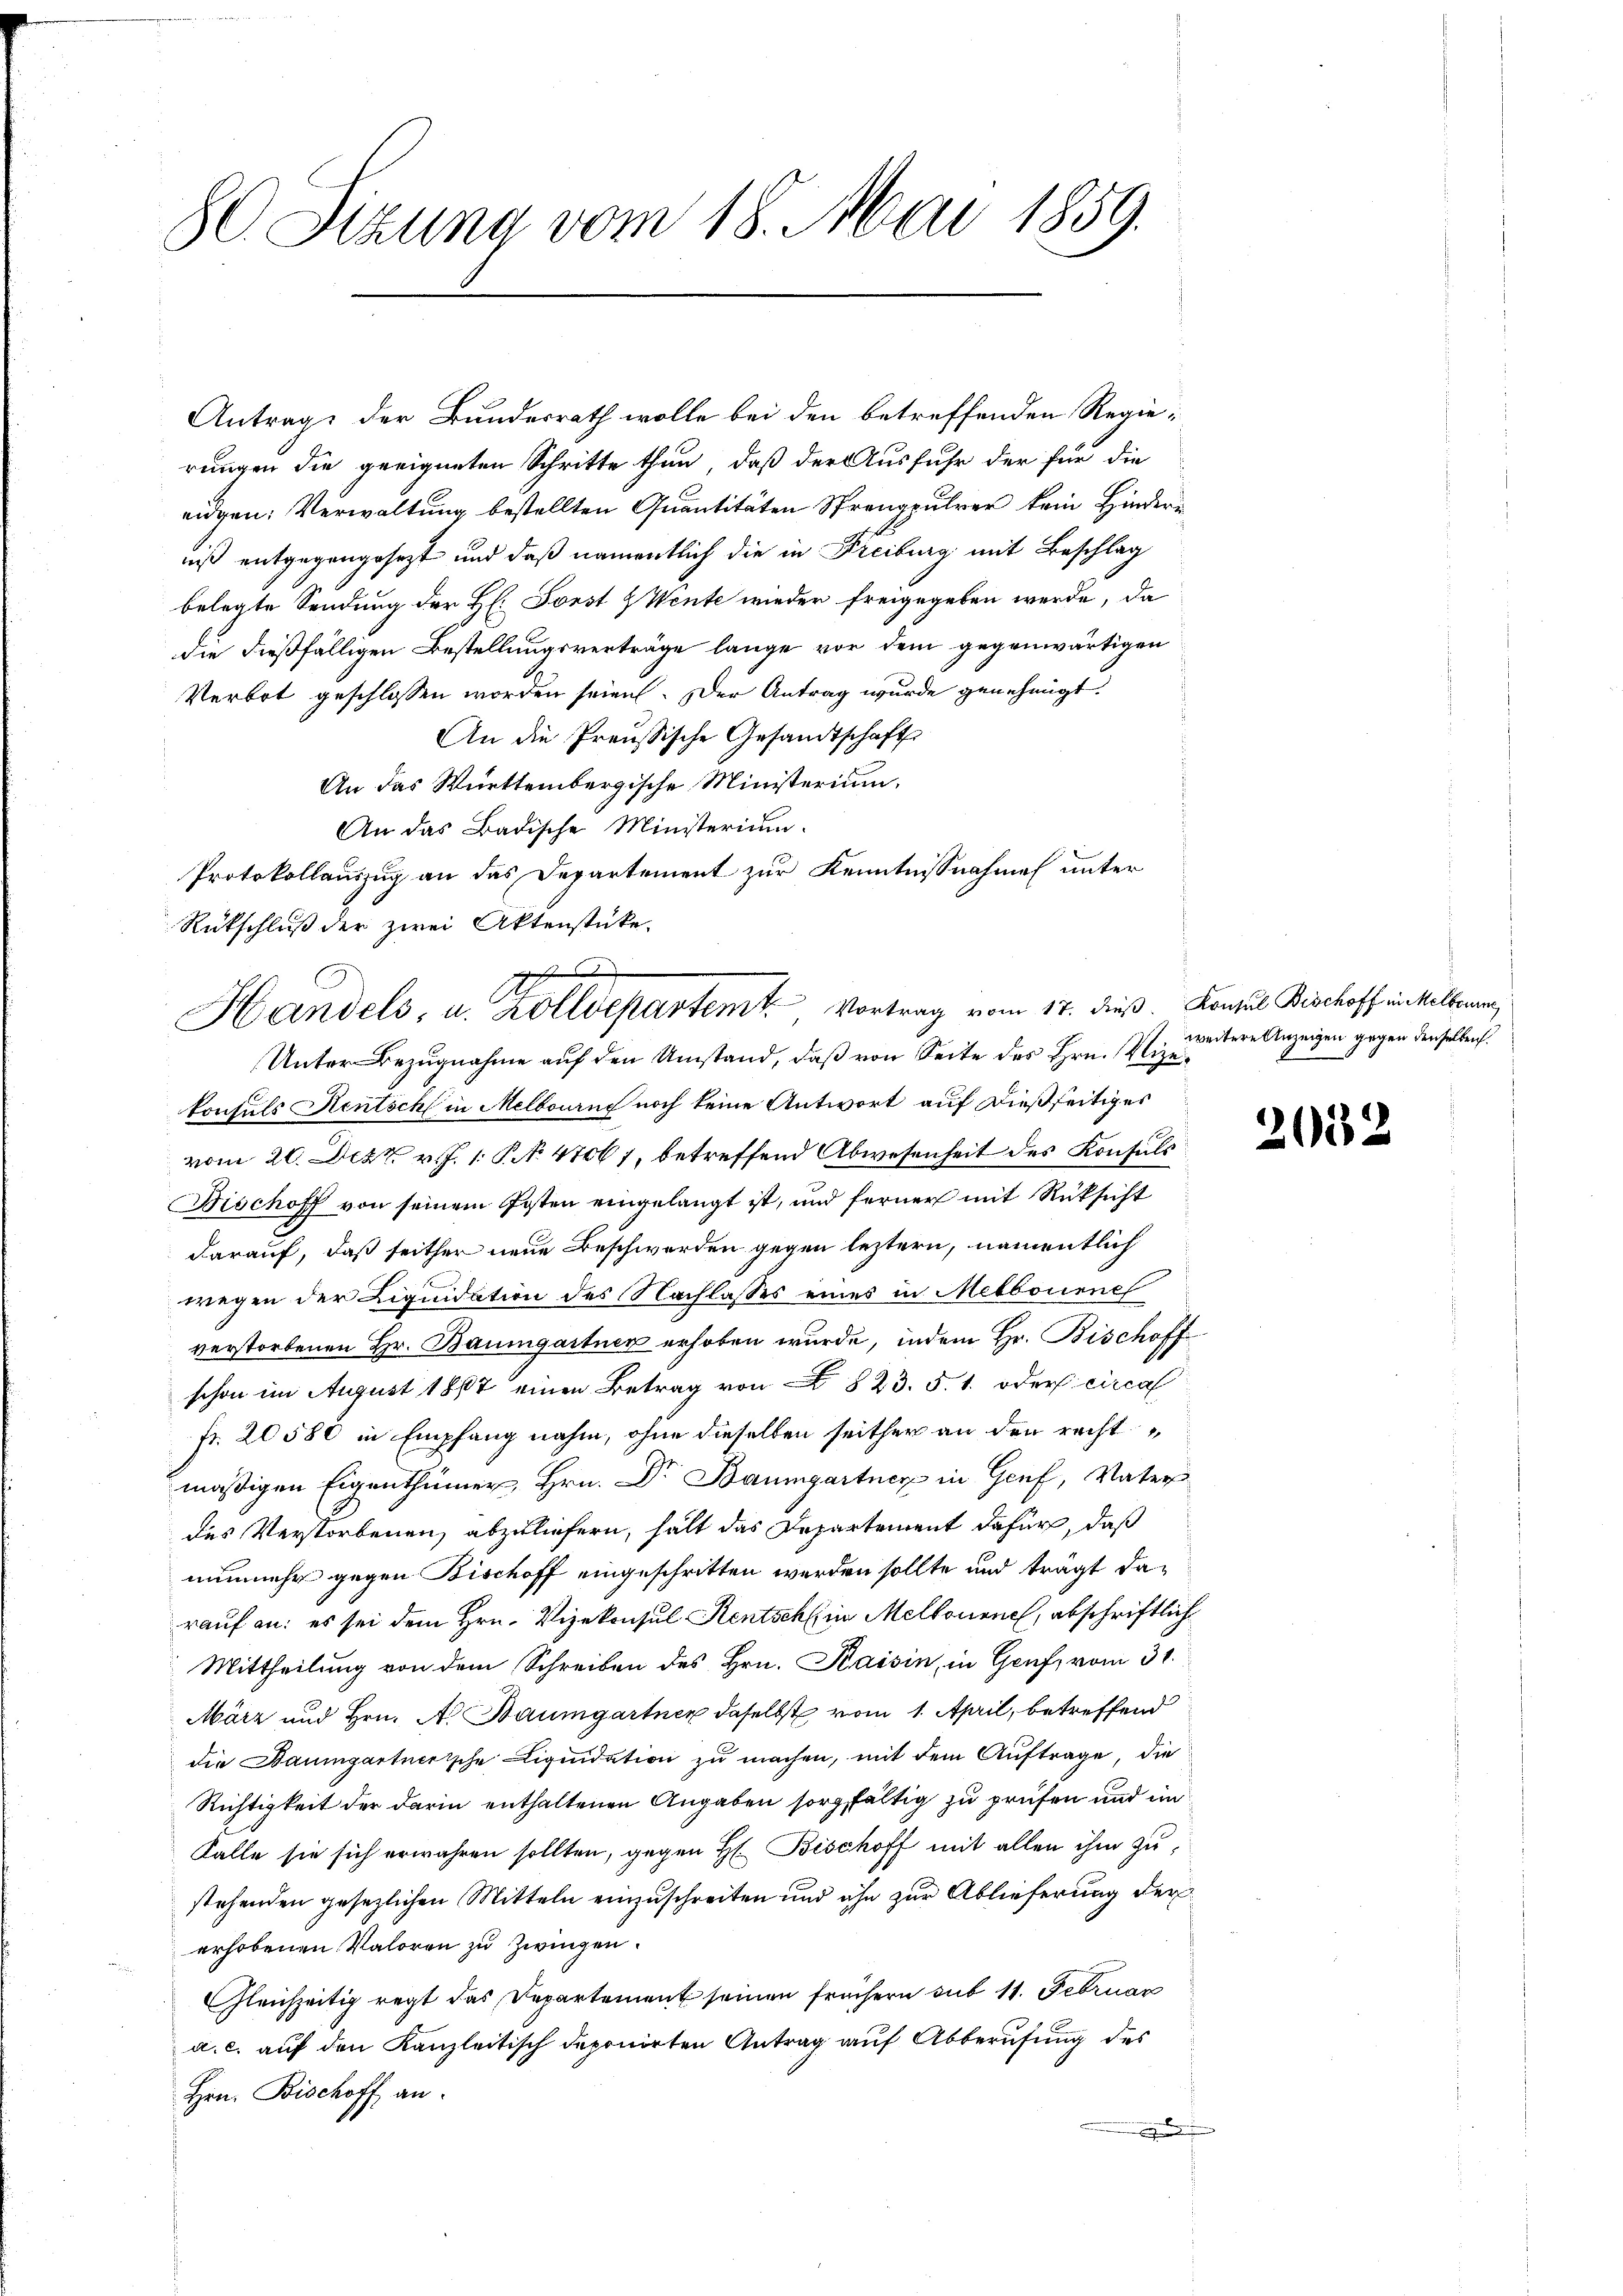
80. Sizung vom 18. Mai 1859.

Antrage der Bundesrath wolle bei den betreffenden Regierungen die geeigneten Schritte thun, daß der Ausfuhr der für die
eidgen. Verwaltung bestellten Quantitäten Sprengpulver kein Hindere
nß entgegengesezt und daß namentlich die in Freiburg mit Beschlag
belegte Sendung der H. Forst & Wente wieder freigegeben werde, da
die dießfälligen Bestellungsverträge lange vor dem gegenwärtigen
Verbot geschlossen worden seien. Der Antrag wurde genehmigt.
An die Preussische Gesandtschaft
An das Württembergische Ministerium,
An das Badische Ministerium.
Protokollauszug an das Departement zur Kenntnisnahmen unter
Rückschluß der zwei Aktenstücke.
Unter Bezugnahme auf den Umstand, daß von Seite des Hrn. Vizekonsuls Rentsch in Melbourne noch keine Antwort auf dießseitiges
vom 20. Dez. v. J. 1. P. . 47067, betreffend Abwesenheit des Konsuls
Fischoff von seinem Posten eingelangt ist, und ferner mit Rücksicht
darauf, daß seither neue Beschwerden gegen leztern, namentlich
wegen der Liquidation des Nachlasses eines in Melbourne
verstorbenen Hr. Baumgartner erhoben wurde, indem Hr. Bischoff
schon im August 1867 einen Betrag von § 23. 5. 1. oder circa
fr. 20580 in Empfang nahm, ohne dieselben seither an den rechtmäßigen Eigenthümer, Hrn. Dr Baumgartner in Genf, Vater
des Verstorbenen, abzuliefern, hält das Departement dafür, daß
nunmehr gegen Bischoff eingeschritten werden sollte und trägt darauf an: es sei dem Hrn. Vizekonsul Rentsch in Mellonene, abschriftlich
Mittheilung von dem Schreiben des Hrn. Kaisin, in Genf, vom 31.
März und Hrn. A. Baumgartner daselbst vom 1. April, betreffend
die Baumgartnerische Liquidation zu machen, mit dem Auftrage, die
Richtigkeit der darin enthaltenen Angaben sorgfältig zu prüfen und in
Falle sie sich erwähren sollten, gegen H. Bischoff mit allen ihm zustehenden gesezlichen Mitteln einzuschreiten und ihn zur Ablieferung der
erhobenen Valoren zu Zwingen.
Gleichzeitig regt das Departement seinen frühern sub 11. Februar
a. c. auf den Kanzleitisch deponirten Antrag auf Abberufung des
Hrn. Bischoff an.
 in der gegen

i
t
Handels, u. Zolldepartem Vortrag vom 17. dieß. Konsul Bischoff enkelber

weitere Anzeigen gegen denselben.

2052